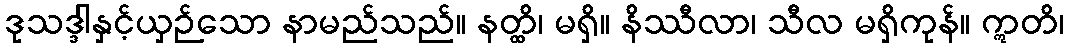
ဒုသဒ္ဒါနှင့်ယှဉ်သော နာမည်သည်။ နတ္ထိ၊ မရှိ။ နိဿီလာ၊ သီလ မရှိကုန်။ ဣတိ၊